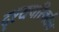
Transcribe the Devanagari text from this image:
दृश्यपरिवर्तन